system: You are a helpful assistant.
user:
Analyze the provided spectrum to determine if it is a **White Dwarf (WD)**.

A White Dwarf spectrum is defined by its **extreme purity** (due to gravitational settling) and/or **extreme pressure broadening** (due to high surface gravity). You must check for one of the following mutually exclusive signatures:

- **Key Visual Indicators (Check for ONE of these types):**

    - **1. DA-Type Signature (Most Common):**
        - **(Primary Feature):** Extreme pressure broadening (Stark broadening) of the **Hydrogen (H) Balmer lines**.
        - **(Key Lines):** $H\beta$ (approx. $4861$ Å) and $H\gamma$ (approx. $4340$ Å). $H\alpha$ (approx. $6563$ Å) will also be present if the wavelength range covers it.
        - **(Line Profile):** This is the **defining feature**. The lines are **NOT** sharp. They appear as massive, **extremely broad and deep "troughs" or "dips"** in the spectrum, often hundreds of Ångströms wide. The continuum will appear to "scoop" down at these wavelengths.
        - **(Distinction):** Normal A-type or B-type stars have *narrow* and *sharp* Hydrogen lines. A DA White Dwarf's lines are unmistakably "smeared" or "blurry" from pressure.

    - **2. DB-Type Signature:**
        - **(Primary Feature):** Broad absorption lines from **Neutral Helium (He I)**. The spectrum must lack any visible Hydrogen lines.
        - **(Key Lines):** Look for broad absorption near $4471$ Å, $4921$ Å, and $5876$ Å.
        - **(Line Profile):** These lines are also significantly pressure-broadened, appearing much wider than they would in a normal B-type main-sequence star.

    - **3. DC-Type Signature:**
        - **(Primary Feature):** A **featureless continuous spectrum**.
        - **(Line Profile):** The spectrum is a smooth curve with **no significant absorption or emission lines**.
        - **(Key Confirmation):** The continuum is almost always **blue or white**, indicating a hot object. This signature implies the atmosphere is so pure (or so cool) that no spectral lines are visible in the optical range. Its WD identity is confirmed by its extremely low intrinsic brightness (high absolute magnitude).

    - **4. DZ-Type Signature (Metal-Polluted):**
        - **(Primary Feature):** **Isolated, narrow metal absorption lines** on an otherwise featureless (DC-like) continuum.
        - **(Key Lines):** The **Calcium (Ca II) H & K doublet** (approx. **$3934$ Å** and **$3968$ Å**) is the most common and defining feature.
        - **(Line Profile):** These lines are "out of place." They are *not* part of a "forest" of thousands of lines. This signature is evidence of recent *accretion* (pollution) from rocky debris.
        - **(Distinction):** Normal G/K/M stars have a *dense forest* of thousands of metal lines. A DZ has a *clean* continuum with *only a few* strong metal lines.

    - **5. DQ-Type Signature (Carbon-Polluted):**
        - **(Primary Feature):** Absorption bands from **Carbon (C₂ "Swan Bands" or atomic C I)**.
        - **(Key Lines - C₂):** Look for bandheads with a "saw-tooth" shape near $5635$ Å, **$5165$ Å** (strongest), and $4737$ Å.
        - **(Key Confirmation):** The underlying **continuum must be blue or white** (hot).
        - **(Distinction):** This is the critical difference from a **Carbon Star**, which has the *exact same* C₂ bands but on an extremely **red, cool** continuum.

- **(Overall Spectrum):**
    - The continuum (overall shape) is typically **blue-sloping** (brighter in the blue than the red), as most white dwarfs are very hot.
    - The spectrum will look "pure" or "simple," dominated by only *one* of the five signatures listed above.

Think first, call **spectral_visualization_tool** if needed to examine features in detail, then provide your final answer. Your response must adhere to the following strict rules:
1.  **Overall Structure:** Your response must follow the format `<think>...</think> <tool_call>...</tool_call> (if a tool is used) <answer>...</answer>`.
2.  **Tool Usage Constraint:** You may only make **one** tool call per turn.
3.  **Final Answer Format:** In the `<answer>` tag, your conclusion must be inside a `\boxed{}` command (e.g., `\boxed{YES}` or `\boxed{NO}`), followed by your justification.

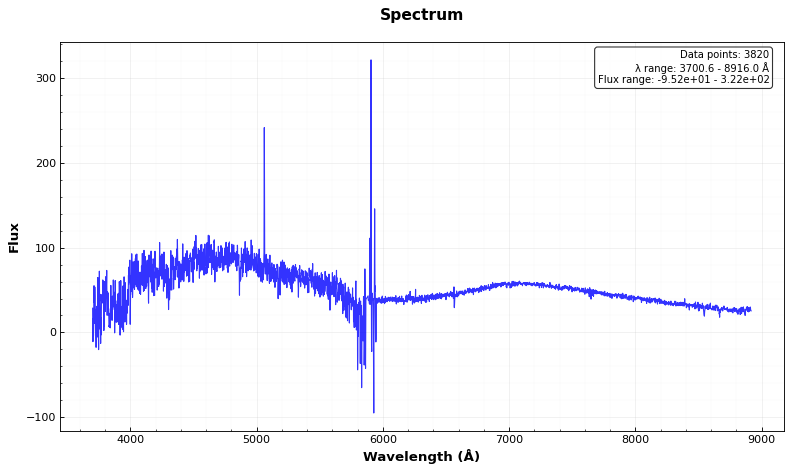
Answer: NO